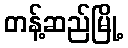
တန့်ဆည်မြို့